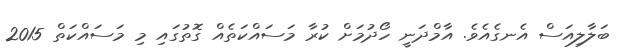
ބަލާލިއަސް އެނގެއެވެ. އާމްދަނީ ހޯދުމަށް ކުރާ މަސައްކަތެއް ގޮތުގައި މި މަސައްކަތް 2015